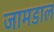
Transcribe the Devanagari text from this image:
जामडाल